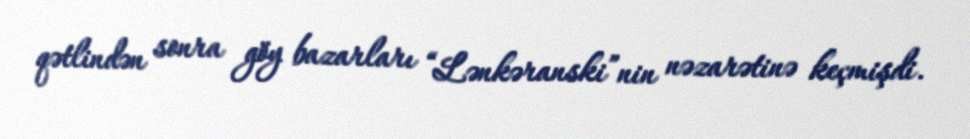
qətlindən sonra göy bazarları “Lənkəranski”nin nəzarətinə keçmişdi.